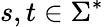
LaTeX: s,t\in\Sigma^{*}